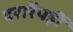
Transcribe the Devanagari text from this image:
दरारेंपड़ीं